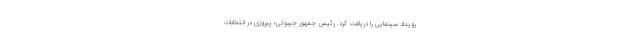
رویداد سینمایی را دریافت کرد. رئیس جمهور جیبوتی؛ پیروزی در انتخابات